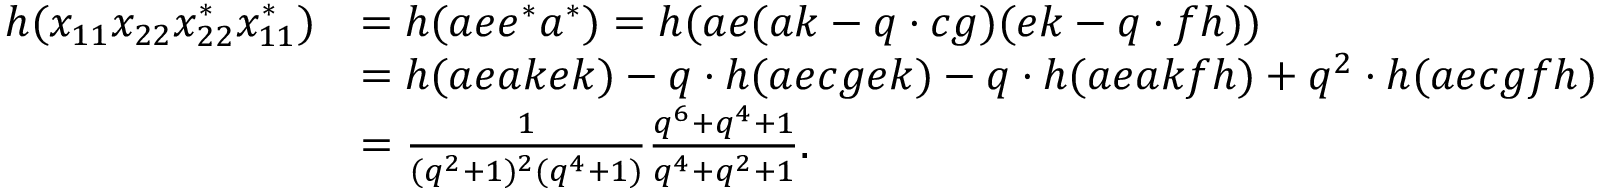
\begin{array} { r l } { h ( x _ { 1 1 } x _ { 2 2 } x _ { 2 2 } ^ { * } x _ { 1 1 } ^ { * } ) } & { = h ( a e e ^ { * } a ^ { * } ) = h ( a e ( a k - q \cdot c g ) ( e k - q \cdot f h ) ) } \\ & { = h ( a e a k e k ) - q \cdot h ( a e c g e k ) - q \cdot h ( a e a k f h ) + q ^ { 2 } \cdot h ( a e c g f h ) } \\ & { = \frac { 1 } { ( q ^ { 2 } + 1 ) ^ { 2 } ( q ^ { 4 } + 1 ) } \frac { q ^ { 6 } + q ^ { 4 } + 1 } { q ^ { 4 } + q ^ { 2 } + 1 } . } \end{array}